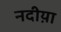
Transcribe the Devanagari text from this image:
नदीय़ा